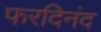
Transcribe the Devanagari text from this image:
फरदिनंद